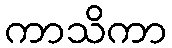
ကာသိကာ